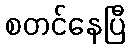
စတင်နေပြီ